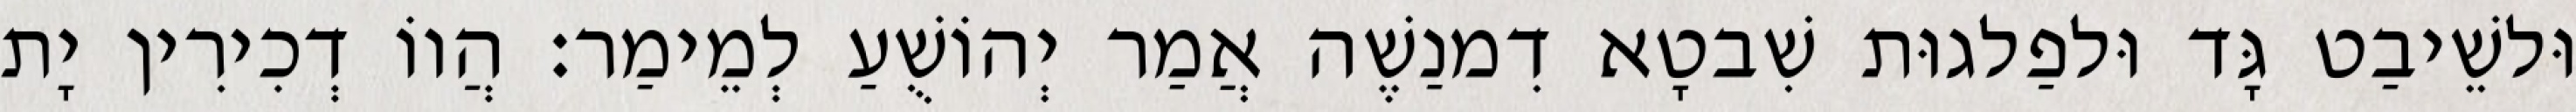
וּלשֵׁיבַט גָּד וּלפַלגוּת שִׁבטָא דִמנַשֶׁה אֲמַר יְהוֹשֻׁעַ לְמֵימַר׃ הֲווֹ דְכִירִין יָת